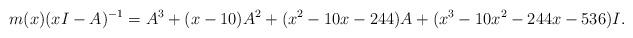
LaTeX: \begin{align*} m(x)(xI-A)^{-1} = A^3 + (x-10) A^2 + (x^2-10x-244)A + (x^3-10x^2-244x-536)I.\end{align*}